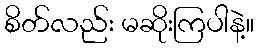
စိတ်လည်း မဆိုးကြပါနဲ့။